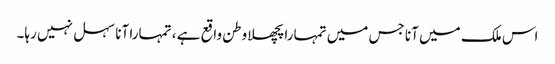
اس ملک میں آنا جس میں تمہارا پچھلا وطن واقع ہے ، تمہارا آنا سہل نہیں رہا۔